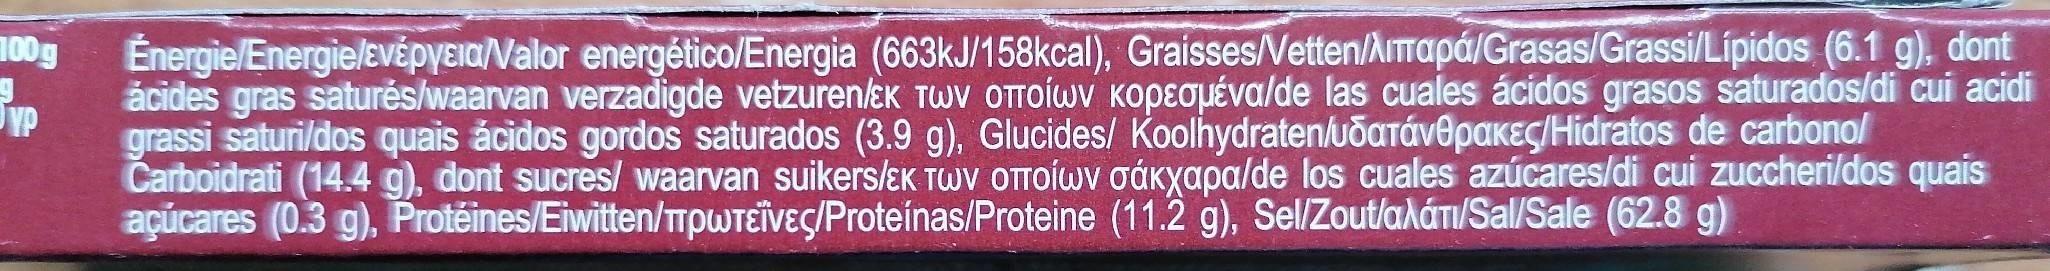
Energie/Energie/evépyEia/Valor energético/Energia (663KJ/158kcal), Graisses/Vetten/AImapá/Grasas/Grassi/Lípidos (6.1 g), dont ácides gras saturés/waarvan verzadigde vetzuren/EK TWV OTTOÍWV KopEguÉva/de las cuales ácidos grasos saturados/di cui acidi grassi saturi/dos quais ácidos gordos saturados (3.9 g), Glucides/ Koolhydraten/uðaTávepaKEÇ/Hidratos de carbonol Carboidrati (14.4 g), dont sucres/ waarvan suikerslɛK TWv OTTOÍWV oáKyapa/de los cuales azúcares/di cui zuccheri/dos quais açúcares (0.3 g), Protéines/Eiwitten/TrpWTEÏve/Proteinas/Proteine (11.2 g), Sel/Zout/aláTI/Sal/Sale (62.8 g)
100g
YP